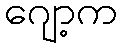
ဂျော့က